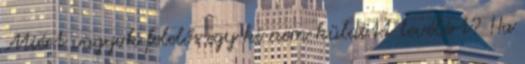
Miért vagyok felelős egy ki nem küldött levélért? Ha